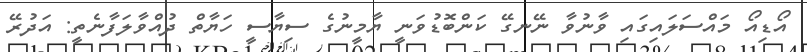
އޯޑިއޯ މައްސަލައިގައި ވާނުވާ ނޭނގޭ ކަންބޮޑުވަނީ ޔާމީނުގެ ސިޔާސީ ހަޔާތް ދުއްވާލަފާނެތީ: އަދުރޭ